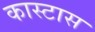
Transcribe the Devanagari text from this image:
कास्टास